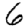
Digit: 6